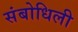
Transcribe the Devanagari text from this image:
संबोधिली